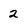
Character: 2